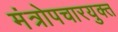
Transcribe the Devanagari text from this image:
मंत्रोपचारयुक्त